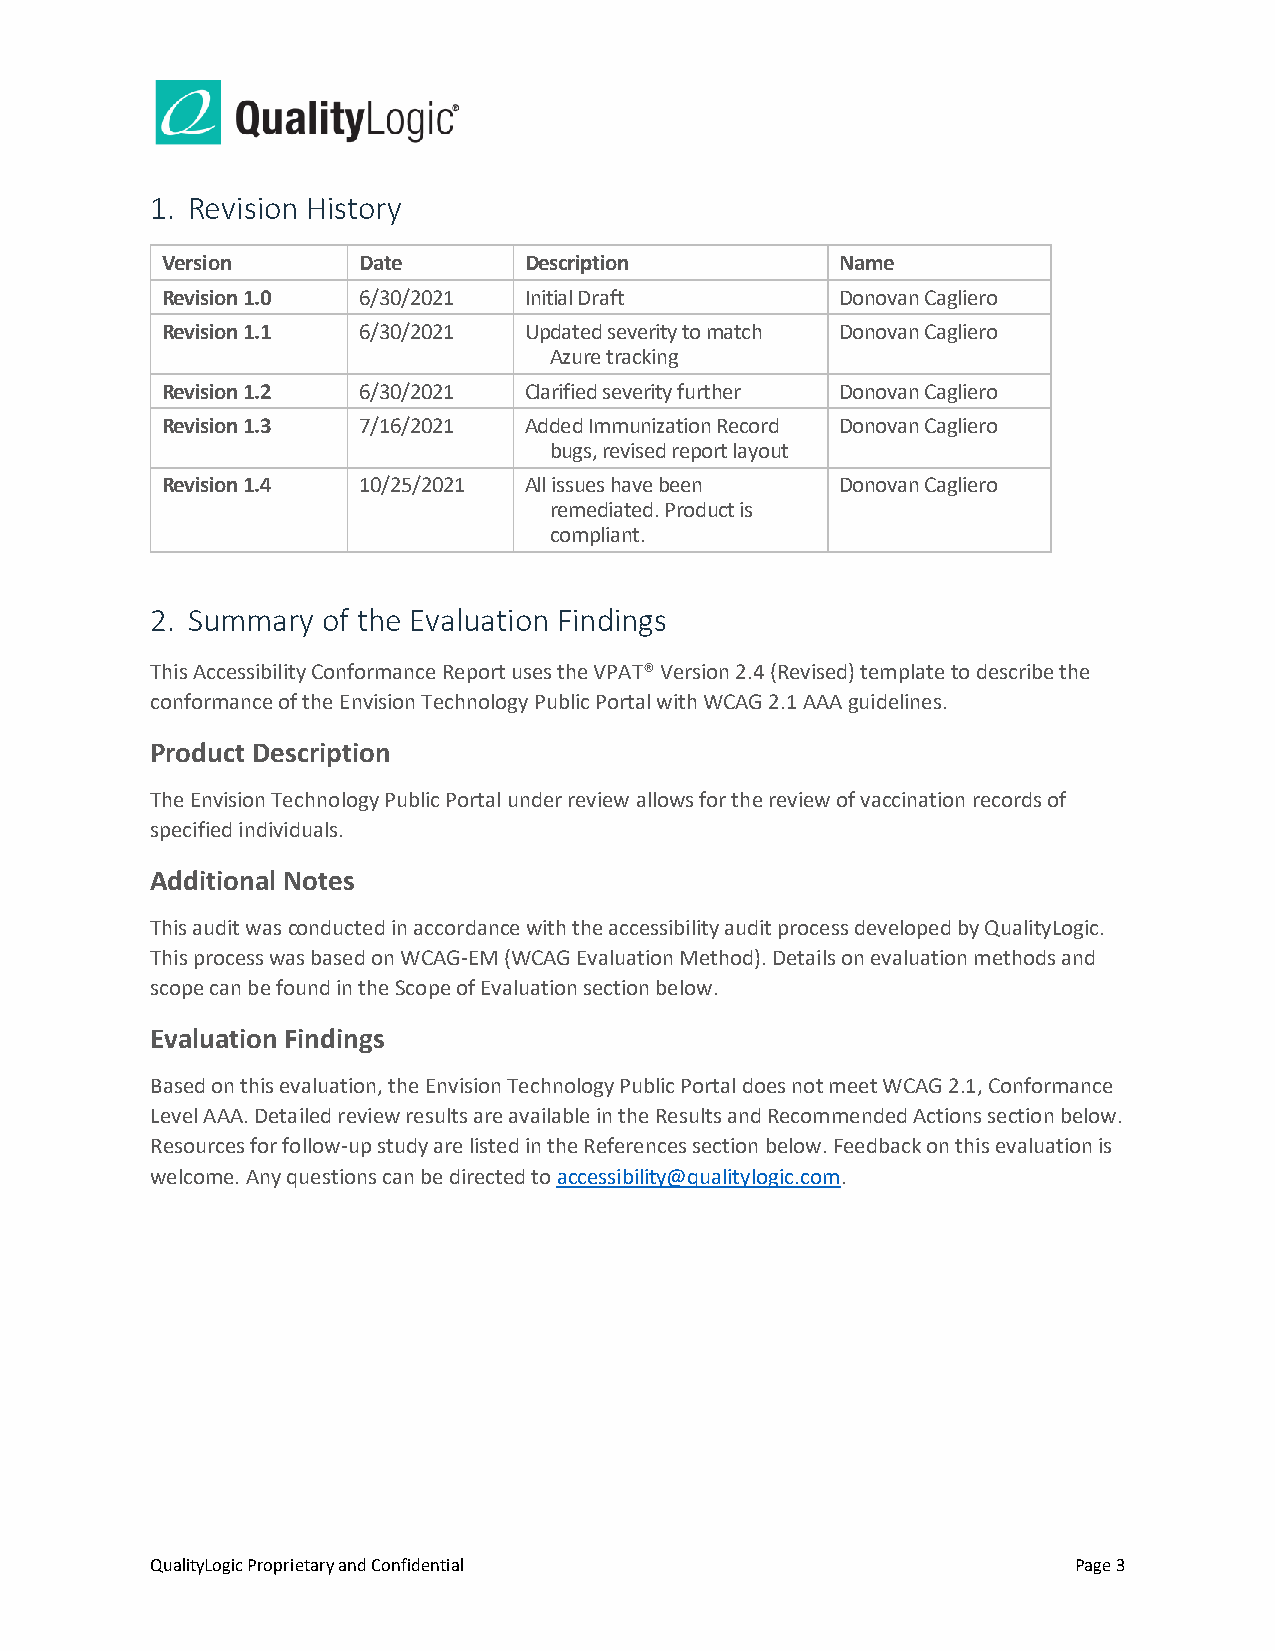
1. Revision History
 Version      Date       Description          Name
 Revision 1.0 6/30/2021  Initial Draft        Donovan Cagliero
 Revision 1.1 6/30/2021  Updated severity to match Donovan Cagliero
 Azure tracking
 Revision 1.2 6/30/2021  Clarified severity further Donovan Cagliero
 Revision 1.3 7/16/2021  Added Immunization Record Donovan Cagliero
 bugs, revised report layout
 Revision 1.4 10/25/2021 All issues have been Donovan Cagliero
 remediated. Product is
 compliant.
 2. Summary of the Evaluation Findings
 This Accessibility Conformance Report uses the VPAT® Version 2.4 (Revised) template to describe the
 conformance of the Envision Technology Public Portal with WCAG 2.1 AAA guidelines.
 Product Description
 The Envision Technology Public Portal under review allows for the review of vaccination records of
 specified individuals.
 Additional Notes
 This audit was conducted in accordance with the accessibility audit process developed by QualityLogic.
 This process was based on WCAG-EM (WCAG Evaluation Method). Details on evaluation methods and
 scope can be found in the Scope of Evaluation section below.
 Evaluation Findings
 Based on this evaluation, the Envision Technology Public Portal does not meet WCAG 2.1, Conformance
 Level AAA. Detailed review results are available in the Results and Recommended Actions section below.
 Resources for follow-up study are listed in the References section below. Feedback on this evaluation is
 welcome. Any questions can be directed to accessibility@qualitylogic.com.
 QualityLogic Proprietary and Confidential                    Page 3